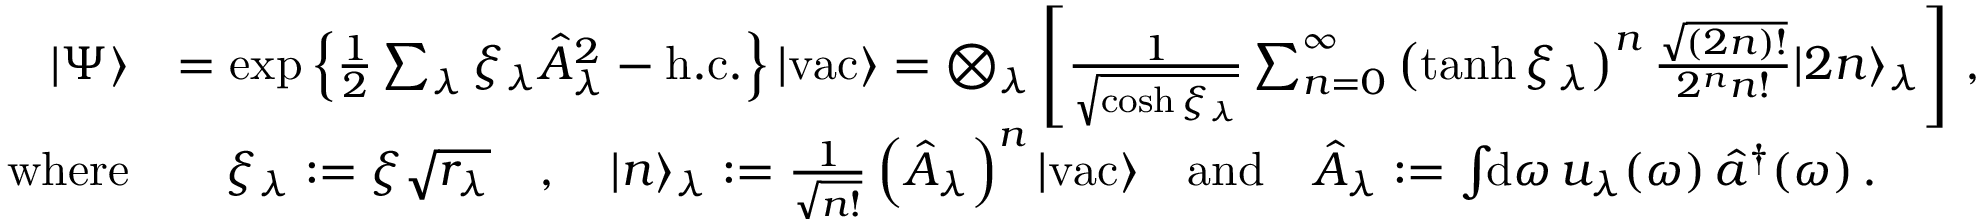
\begin{array} { r l } { | \Psi \rangle } & { = \exp \left\{ \frac { 1 } { 2 } \sum _ { \lambda } \xi _ { \lambda } \hat { A } _ { \lambda } ^ { 2 } - \mathrm { h . c . } \right\} | \mathrm { v a c } \rangle = \bigotimes _ { \lambda } \left[ \frac { 1 } { \sqrt { \cosh \xi _ { \lambda } } } \sum _ { n = 0 } ^ { \infty } \left( \operatorname { t a n h } \xi _ { \lambda } \right) ^ { n } \frac { \sqrt { ( 2 n ) ! } } { 2 ^ { n } n ! } | 2 n \rangle _ { \lambda } \right] \, , } \\ { \mathrm { w h e r e } } & { \quad \xi _ { \lambda } : = \xi \sqrt { r _ { \lambda } } \quad , \quad | n \rangle _ { \lambda } : = \frac { 1 } { \sqrt { n ! } } \left( \hat { A } _ { \lambda } \right) ^ { n } | \mathrm { v a c } \rangle \quad \mathrm { a n d } \quad \hat { A } _ { \lambda } : = \int \! \! \mathrm { d } \omega \, u _ { \lambda } ( \omega ) \, \hat { a } ^ { \dagger } ( \omega ) \, . } \end{array}